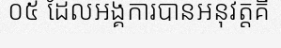
០៥ ដែលអង្គការបានអនុវត្តគឺ